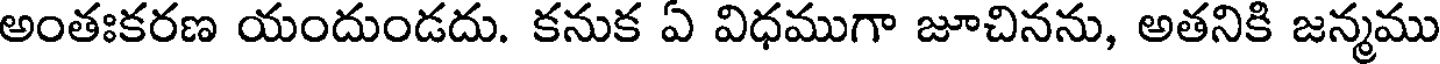
అంతఃకరణ యందుండదు. కనుక ఏ విధముగా జూచినను, అతనికి జన్మము